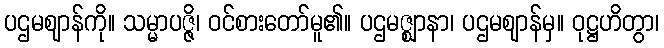
ပဌမဈာန်ကို။ သမ္မာပဇ္ဇိ၊ ဝင်စားတော်မူ၏။ ပဌမဇ္ဈာနာ၊ ပဌမဈာန်မှ။ ဝုဋ္ဌဟိတွာ၊